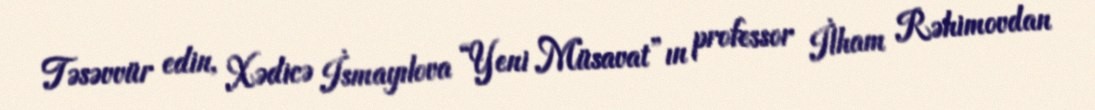
Təsəvvür edin, Xədicə İsmayılova “Yeni Müsavat”ın professor İlham Rəhimovdan